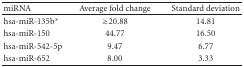
| miRNA | Average fold change | Standard deviation |
 | --- | --- | --- |
 | hsa-miR-135b* | ≥20.88 | 14.81 |
 | hsa-miR-150 | 44.77 | 16.50 |
 | hsa-miR-542-5p | 9.47 | 6.77 |
 | hsa-miR-652 | 8.00 | 3.33 |